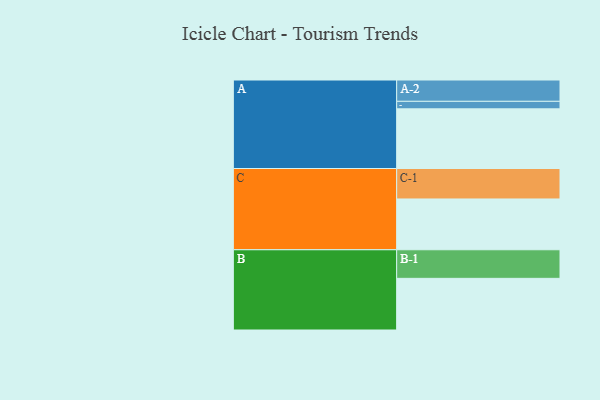
{"axis": {"x": "Segment", "y": "Value"}, "legend": ["", "A", "B", "C"], "data": [{"x": "A", "y": 476, "type": ""}, {"x": "B", "y": 412, "type": ""}, {"x": "C", "y": 405, "type": ""}, {"x": "A-1", "y": 60, "type": "A"}, {"x": "A-2", "y": 170, "type": "A"}, {"x": "B-1", "y": 228, "type": "B"}, {"x": "C-1", "y": 243, "type": "C"}]}